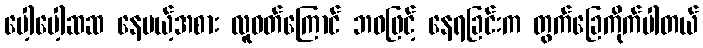
ပေါ့ပေါ့ဆဆ နေမယ့်အစား လူဝတ်ကြောင် ဘဝဖြင့် နေရခြင်းက တွက်ခြေကိုက်ပါတယ်